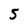
Character: 5